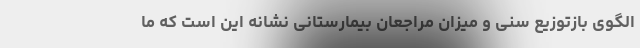
الگوی بازتوزیع سنی و میزان مراجعان بیمارستانی نشانه این است که ما